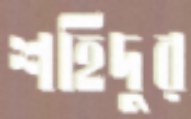
শহিদুর